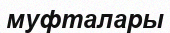
муфталары